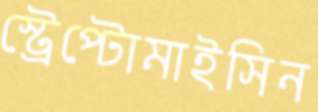
স্ট্রেপ্টোমাইসিন